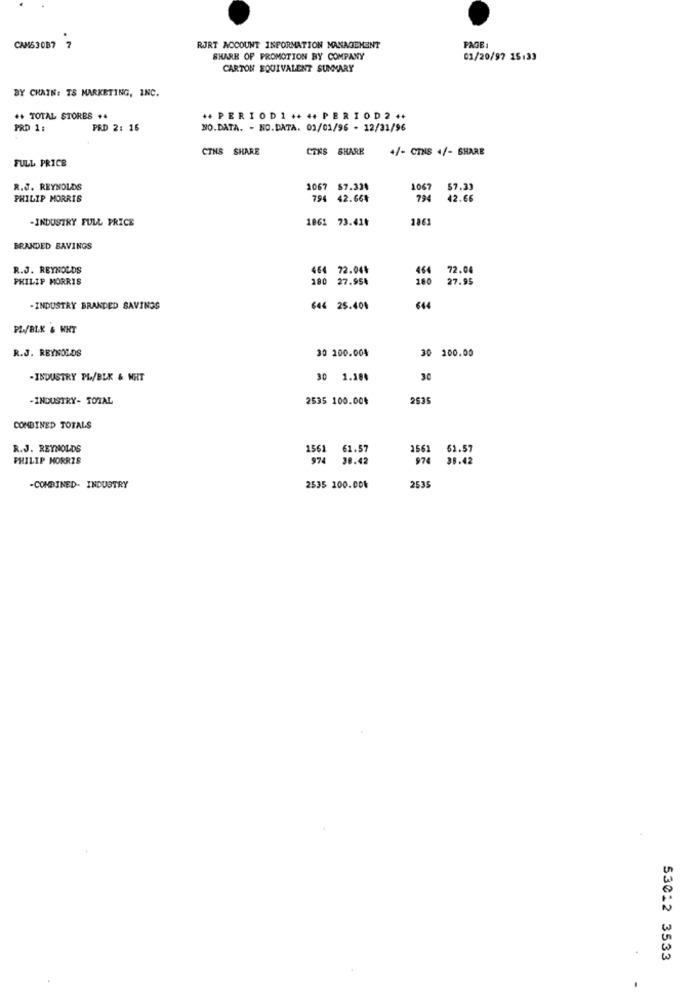
CAM63087 7
RJRT ACCOUNT INFORMATION MANAGEMENT
PAGE :
SHARE OF PROMOTION BY COMPANY
01/20/97 15:33
CARTON EQUIVALENT SUMMARY
BY CHAIN: TS MARKETING, INC.
++ TOTAL STORES ++
++ PERIOD1 ++ ++ PERIOD2 ++
PRD 1:
PSD 2: 16
NO.DATA. - NO.DATA. 03/01/96 - 12/31/96
CINS SHARE
CTKS SHARE
+/- CINS 4/- SHARE
FULL PRICE
R.J. REYNOLDS
1067 87.334
1067
$7.33
PHILIP MORRIS
794 42.66%
794
42.66
-INDUSTRY FULL PRICE
1861 73.414
186
BRANDED SAVINGS
R.J. REYNOLDS
464 72.044
464
72.04
PHILIP MORRIS
180 27.954
180
27.95
-INDUSTRY BRANDED SAVINGS
644 25.40%
€44
PL/BLK & WHT
R.J. REYNOLDS
30 200.004
30 100.00
-INDUSTRY PL/BLK & NHT
30 1.184
30
-INDUSTRY- TOTAL
2535 100.00₺
2535
COMBINED TOTALS
R.J. REYNOLDS
1561
61.57
256
51.57
PHILIP MORRIS
974
28.42
974
38.42
-COMBINED- INDUSTRY
2535 100.004
2535
53012 3533